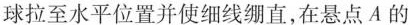
球拉至水平位置并使细线绷直，在悬点A的